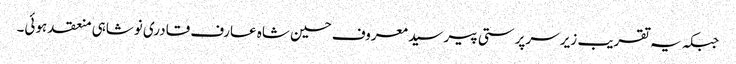
جبکہ یہ تقریب زیر سرپرستی پیر سید معروف حسین شاہ عارف قادری نوشاہی منعقد ہوئی۔